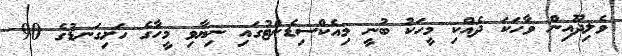
ވެލިދޫއިން ވާހަކަ ދެއްކި މީހަކު ބުނީ މިއެކްސިޑެންޓުގައި ނިޔާވި މީހާގެ ހަށިގަނޑުގެ 90